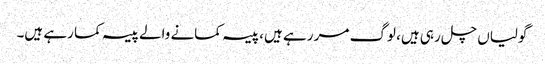
گولیاں چل رہی ہیں، لوگ مر رہے ہیں، پیسہ کمانے والے پیسہ کما رہے ہیں۔